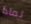
لماذا